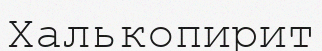
Халькопирит